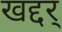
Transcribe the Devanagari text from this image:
खद्दर्